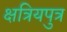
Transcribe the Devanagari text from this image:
क्षत्रियपुत्र